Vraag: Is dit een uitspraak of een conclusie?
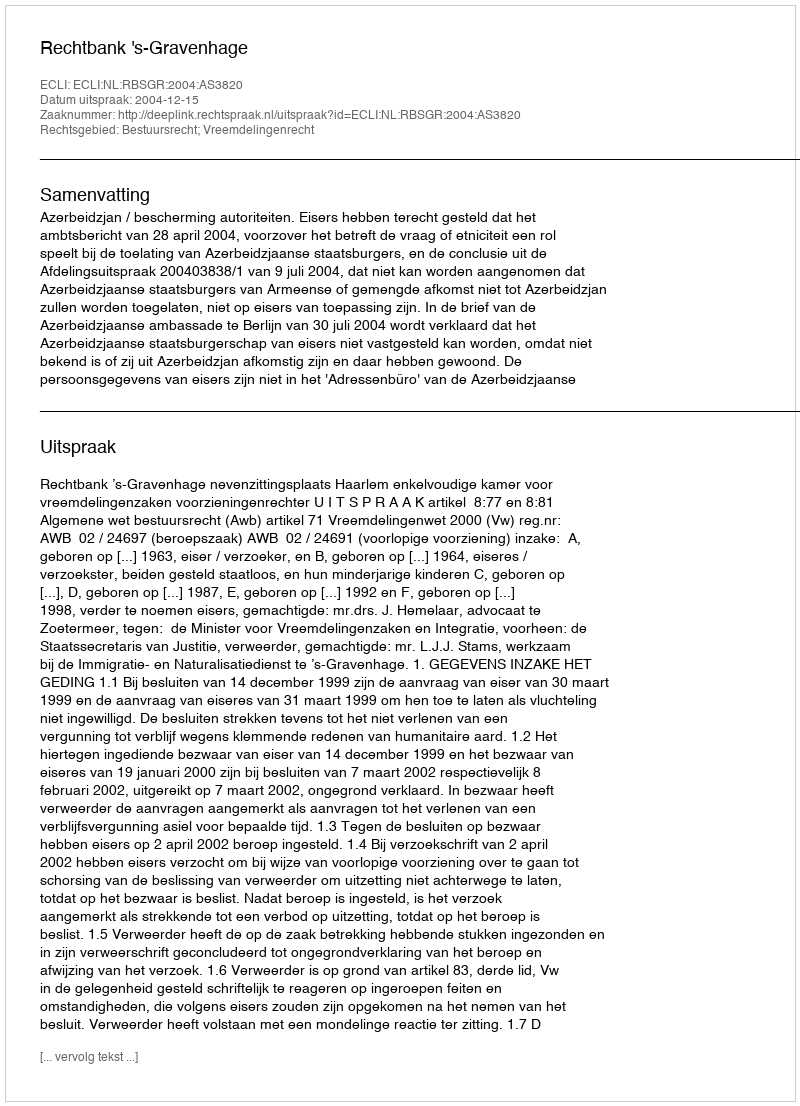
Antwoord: Uitspraak